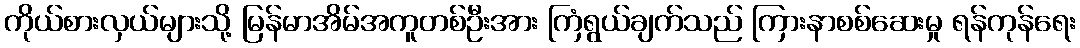
ကိုယ်စားလှယ်များသို့ မြန်မာအိမ်အကူတစ်ဦးအား ကြံရွယ်ချက်သည် ကြားနာစစ်ဆေးမှု ရန်ကုန်ရေး